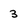
Character: 3